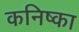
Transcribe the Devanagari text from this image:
कनिष्का